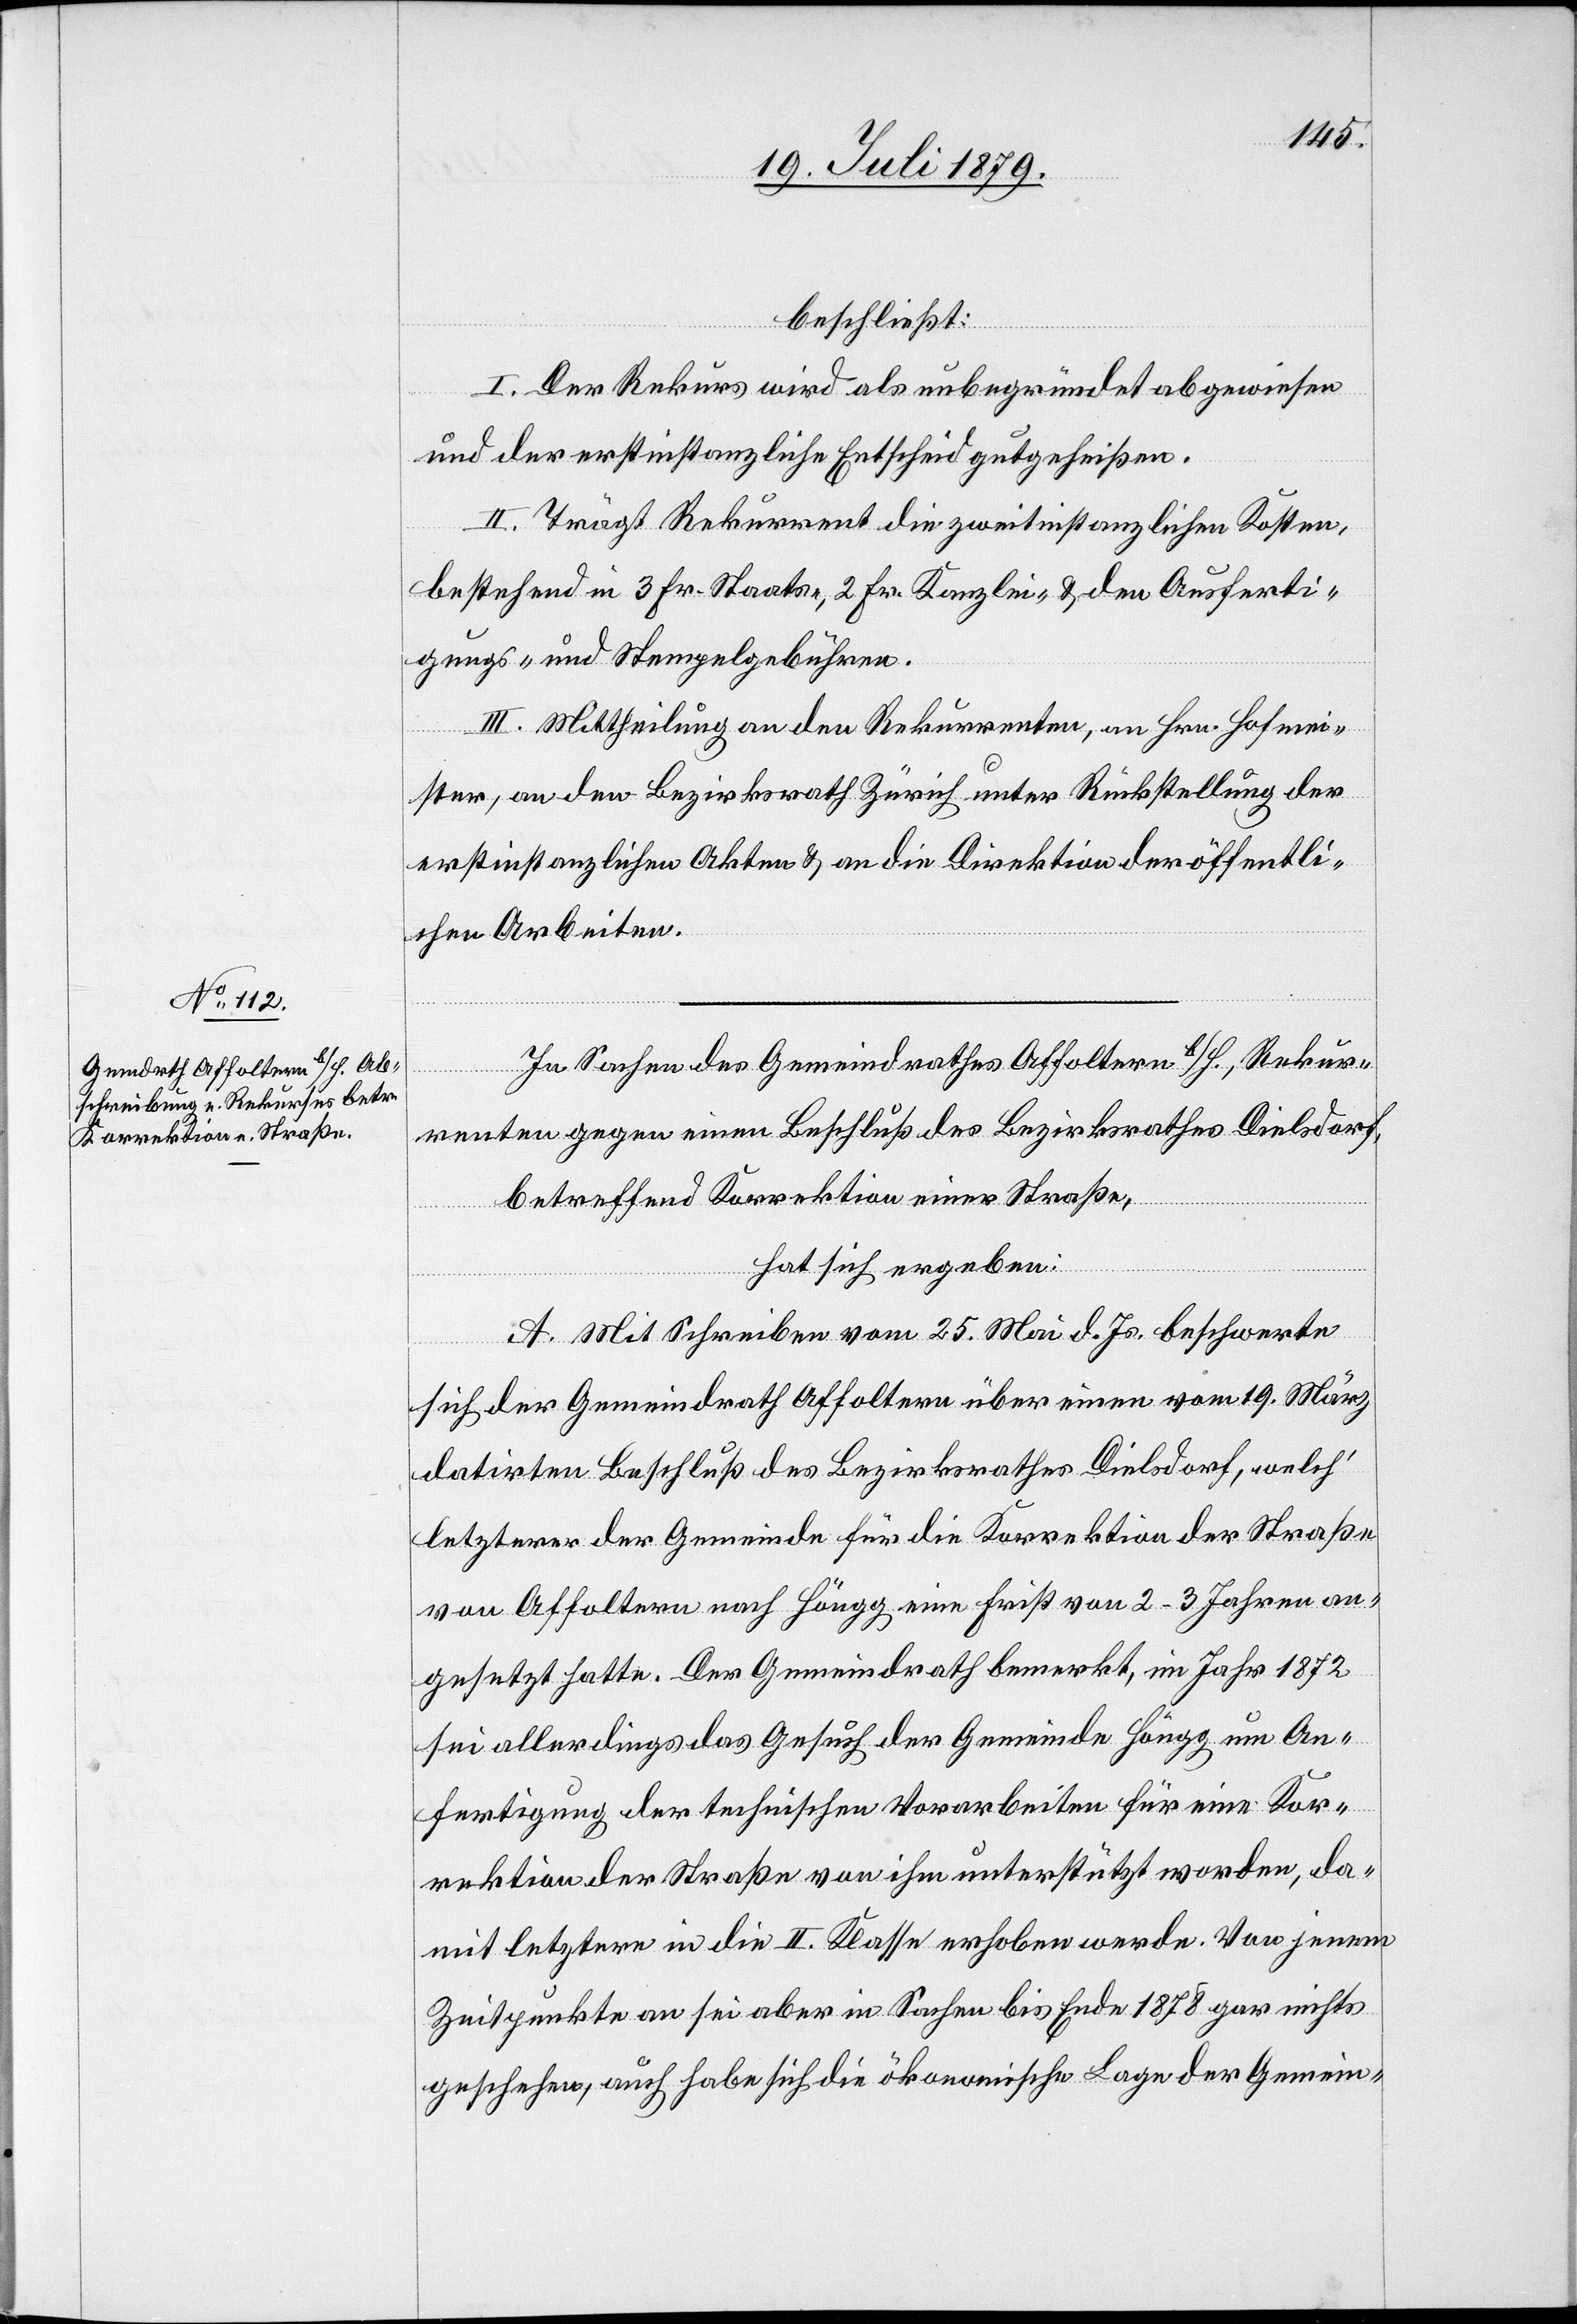
beschließt:
I. Der Rekurs wird als unbegründet abgewiesen
und der erstinstanzliche Entscheid gutgeheißen.
II. Trägt Rekurrent die zweitinstanzlichen Kosten,
bestehend in 3 Fr. Staats-, 2 Fr. Kanzlei- & den Ausferti¬
gungs- und Stempelgebühren.
III. Mittheilung an den Rekurrenten, an Hrn. Hofmei¬
ster, an den Bezirksrath Zürich unter Rückstellung der
erstinstanzlichen Akten & an die Direktion der öffentli¬
chen Arbeiten.
In Sachen des Gemeindrathes Affoltern b/H., Rekur¬
renten gegen einen Beschluß des Bezirksrathes Dielsdorf,
betreffend Korrektion einer Straße,
hat sich ergeben:
A. Mit Schreiben vom 25. Mai d. Js. beschwerte
sich der Gemeindrath Affoltern über einen vom 19. März
datirten Beschluß des Bezirksrathes Dielsdorf, welch’
letzterer der Gemeinde für die Korrektion der Straße
von Affoltern nach Höngg eine Frist von 2–3 Jahren an¬
gesetzt hatte. Der Gemeindrath bemerkt, im Jahr 1872
sei allerdings das Gesuch der Gemeinde Höngg um An¬
fertigung der technischen Vorarbeiten für eine Kor¬
rektion der Straße von ihm unterstützt worden, da¬
mit letztere in die II. Klasse erhoben werde. Von jenem
Zeitpunkte an sei aber in Sachen bis Ende 1878 gar nichts
geschehen, auch habe sich die ökonomische Lage der Gemein-